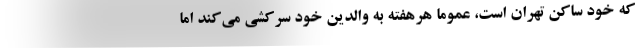
که خود ساکن تهران است، عموما هرهفته به والدین خود سرکشی می‌کند اما